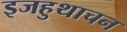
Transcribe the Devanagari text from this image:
इजहुथाचन